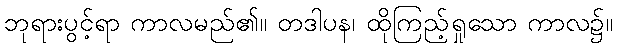
ဘုရားပွင့်ရာ ကာလမည်၏။ တဒါပန၊ ထိုကြည့်ရှုသော ကာလ၌။